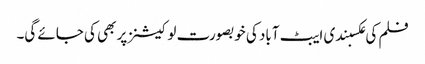
فلم کی عکسبندی ایبٹ آباد کی خوبصورت لوکیشنز پر بھی کی جائے گی۔